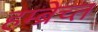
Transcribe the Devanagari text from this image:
हम्ब्रेच्त